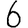
Digit: 6